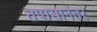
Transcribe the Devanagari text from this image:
तपासानंतर